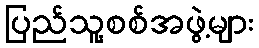
ပြည်သူ့စစ်အဖွဲ့များ